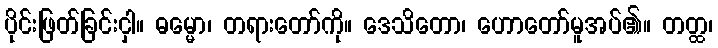
ပိုင်းဖြတ်ခြင်းငှါ။ ဓမ္မော၊ တရားတော်ကို။ ဒေသိတော၊ ဟောတော်မူအပ်၏။ တတ္ထ၊